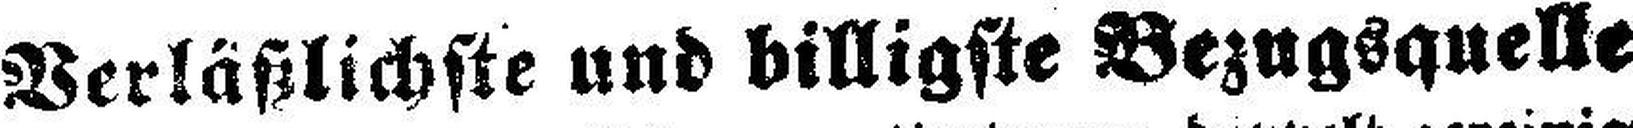
Verläßlichste und billigste Bezugsquelle